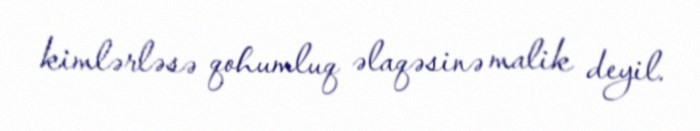
kimlərləsə qohumluq əlaqəsinə malik deyil.